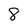
Character: 8